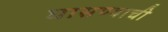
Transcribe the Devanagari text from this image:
घासण्याची